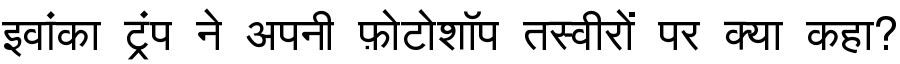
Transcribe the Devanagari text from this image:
इवांका ट्रंप ने अपनी फ़ोटोशॉप तस्वीरों पर क्या कहा?